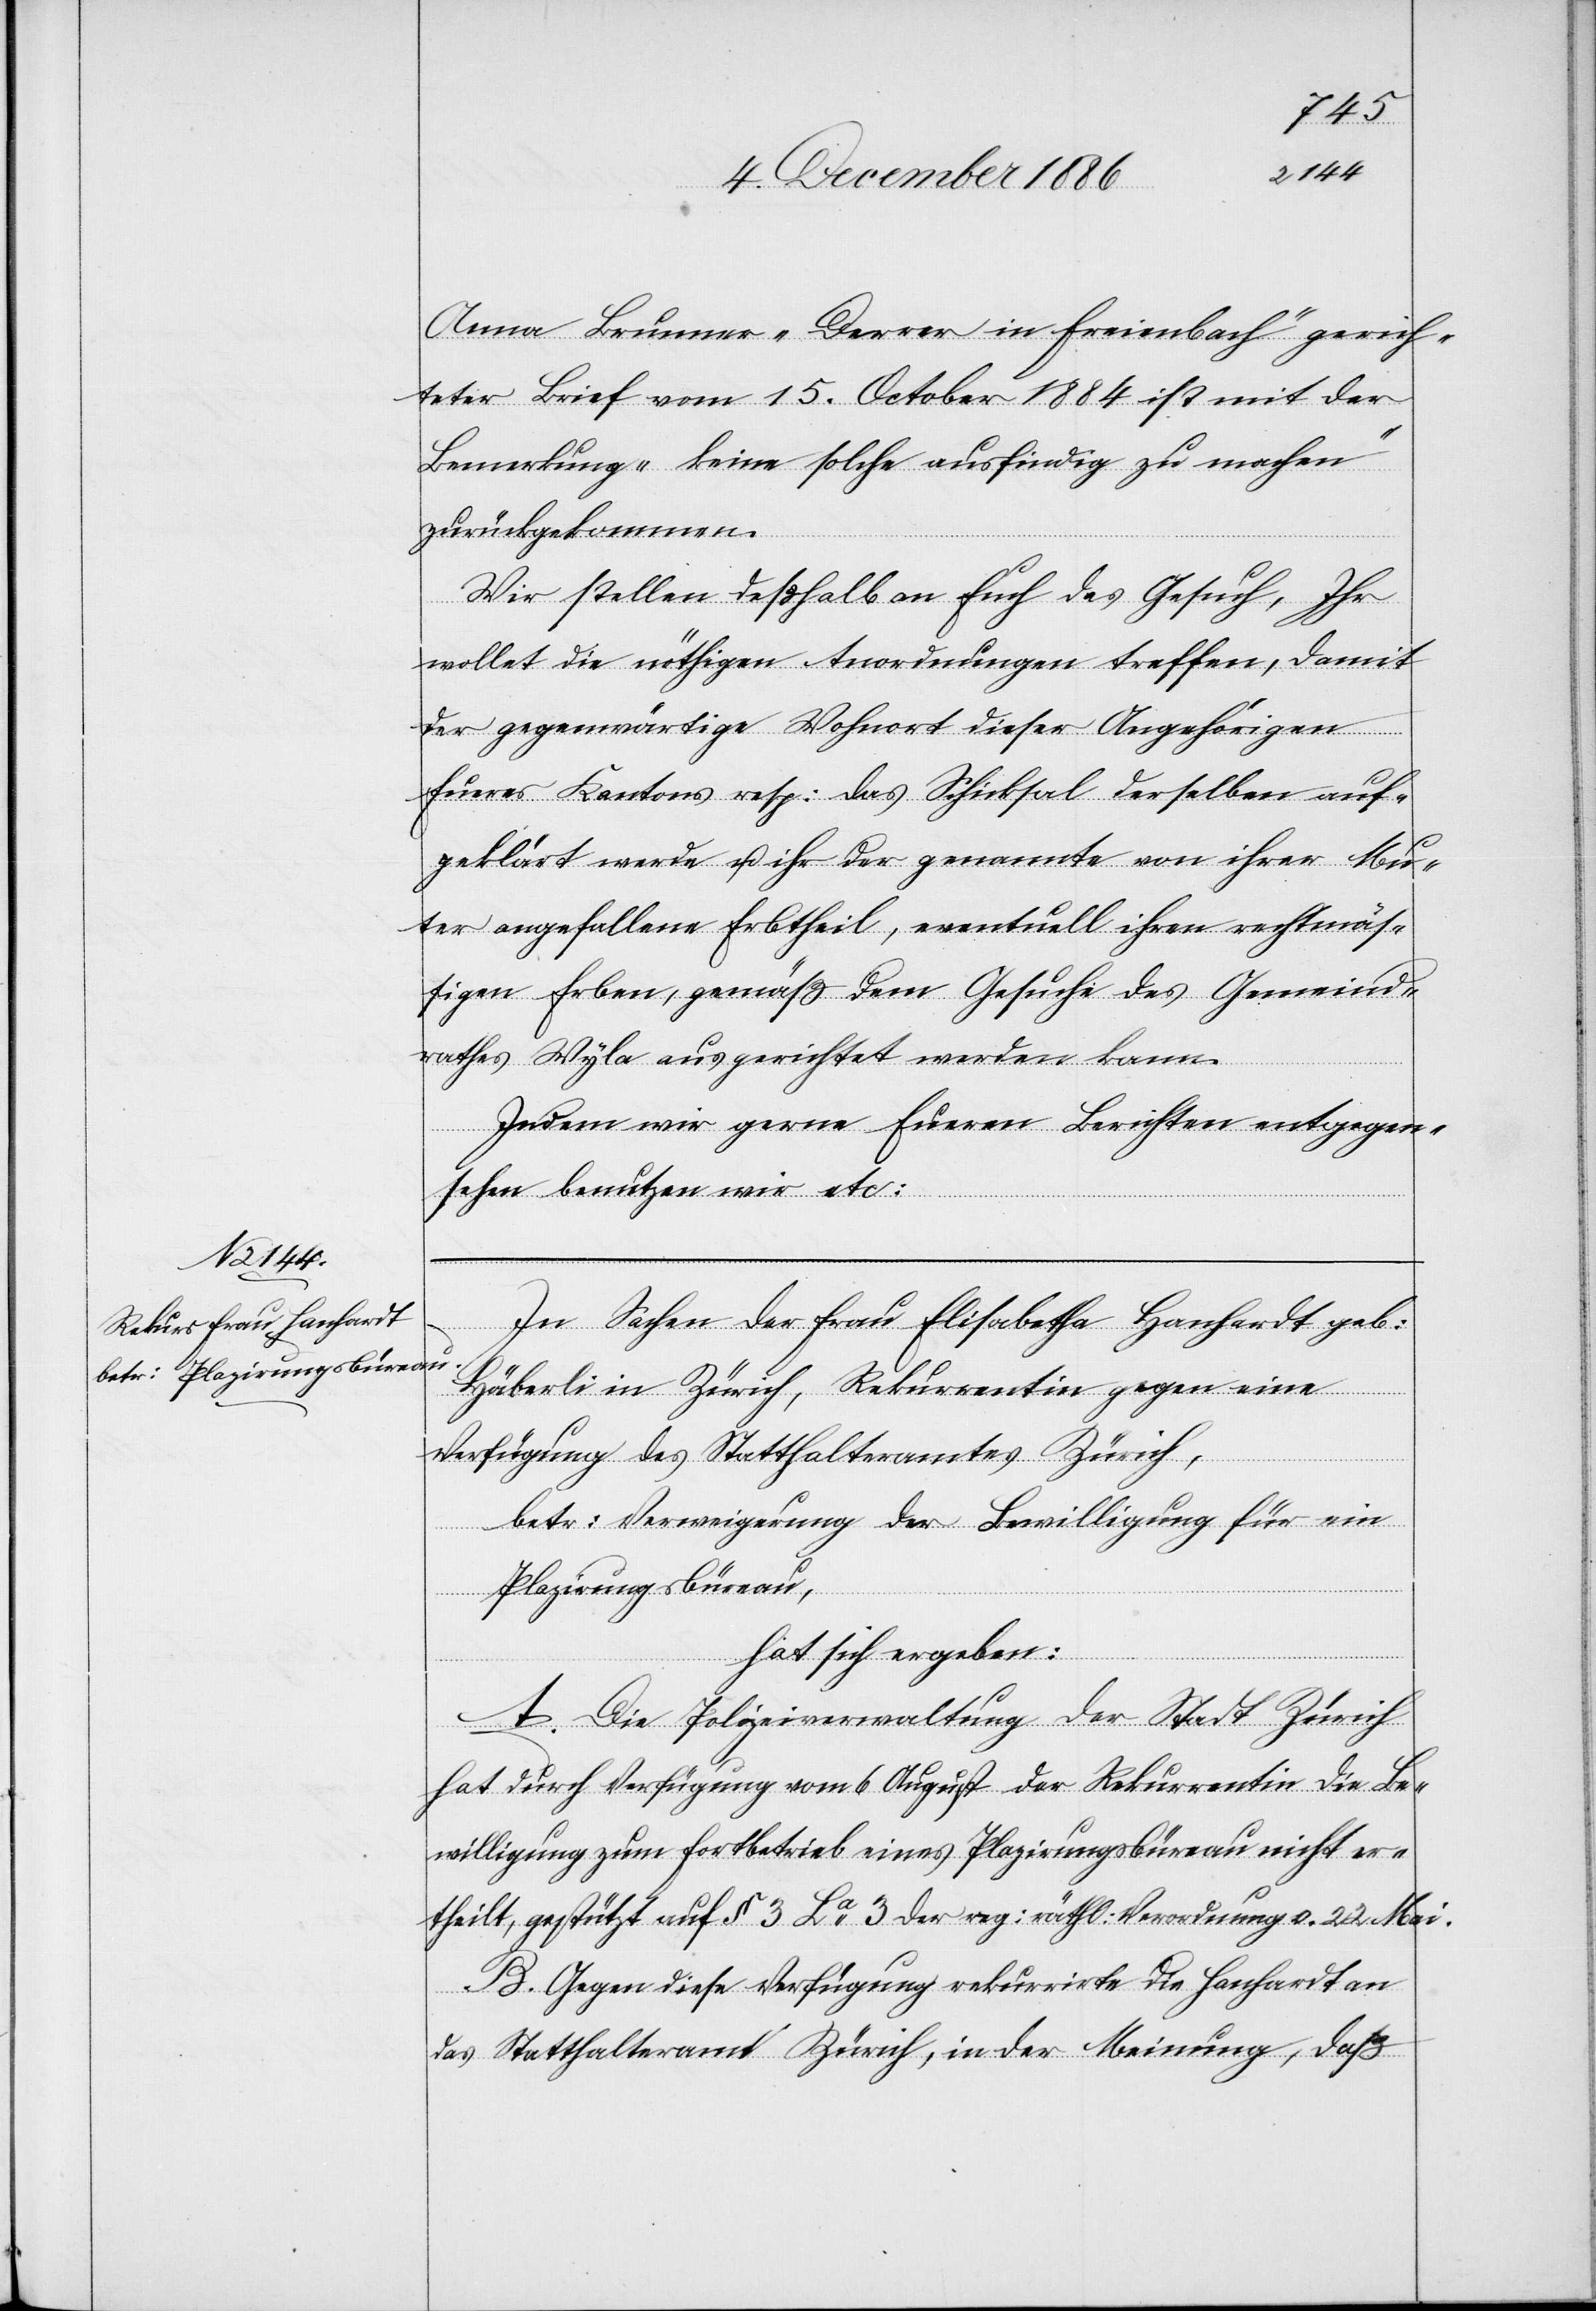
Anna Brunner-Derrer in Freienbach“ gerich¬
teter Brief vom 15. October 1884 ist mit der
Bemerkung „keine solche ausfindig zu machen“
zurückgekommen.
Wir stellen deßhalb an Euch das Gesuch, Ihr
wollet die nöthigen Anordnungen treffen, damit
der gegenwärtige Wohnort dieser Angehörigen
Eueres Kantons resp. das Schicksal derselben auf¬
geklärt werde u. ihr der genannte von ihrer Mu¬
t[t]er angefallene Erbtheil, eventuell ihren rechtmäs¬
sigen Erben, gemäß dem Gesuche des Gemeind¬
rathes Wyla ausgerichtet werden kann.
Indem wir gerne Eueren Berichten entgegen¬
sehen benutzen wir etc.
In Sachen der Frau Elisabetha Hanhardt geb.
Häberli in Zürich, Rekurrentin gegen eine
Verfügung des Statthalteramtes Zürich,
betr. Verweigerung der Bewilligung für ein
Plazirungsbüreau,
hat sich ergeben:
A. Die Polizeiverwaltung der Stadt Zürich
hat durch Verfügung vom 6. August der Rekurrentin die Be¬
willigung zum Fortbetrieb eines Plazirungsbüreau nicht er¬
theilt, gestützt auf § 3 La 3 der reg. räthl. Verordnung v. 22. Mai.
B. Gegen diese Verfügung rekurrirte die Hanhardt an
das Statthalteramt Zürich, in der Meinung, daß